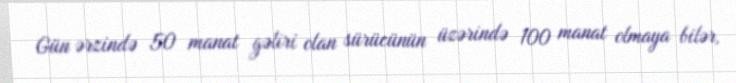
Gün ərzində 50 manat gəliri olan sürücünün üzərində 100 manat olmaya bilər,